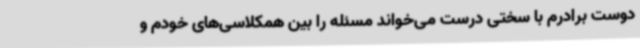
دوست برادرم با سختی درست می‌خواند مسئله را بین همکلاسی‌های خودم و